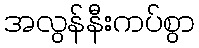
အလွန်နီးကပ်စွာ